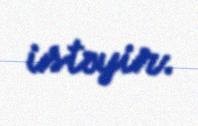
istəyir.